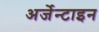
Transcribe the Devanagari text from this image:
अर्जेन्टाइन